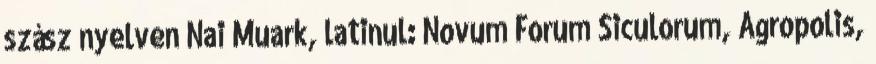
szász nyelven Nai Muark, latinul: Novum Forum Siculorum, Agropolis,